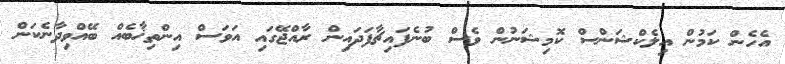
އެހެން ކަމުން އިލެކްޝަންސް ކޮމިޝަނުން ވެސް ބުނެފައިޗާފަދައިން ރާއްޖޭގައި އަވަސް އިންތިޚާބެއް ބޭއްވިދާނެކަން